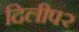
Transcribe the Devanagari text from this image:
दिलीप२